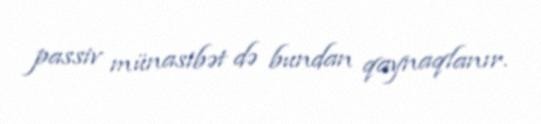
passiv münasibət də bundan qaynaqlanır.